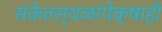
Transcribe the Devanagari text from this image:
संकेतस्थळांपेक्षाही